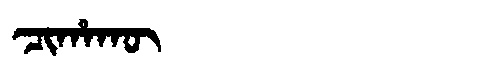
Manchu: ᠴᡳᡥᠠᡴᡡ
Romanization: CIHAKŪ